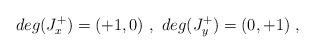
\begin{align*}deg (J_x^+) = (+1,0) \ , \ deg (J_y^+) = (0,+1) \ ,\end{align*}